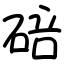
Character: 碚